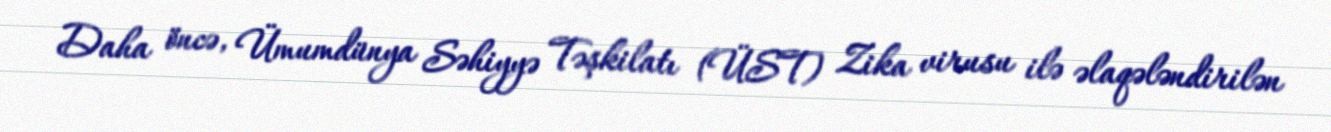
Daha öncə, Ümumdünya Səhiyyə Təşkilatı (ÜST) Zika virusu ilə əlaqələndirilən